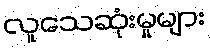
လူသေဆုံးမှုများ